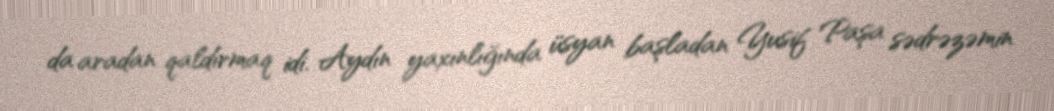
da aradan qaldırmaq idi. Aydın yaxınlığında üsyan başladan Yusif Paşa sədrəzəmin